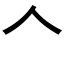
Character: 𠆢